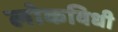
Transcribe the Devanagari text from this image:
लोकविधी